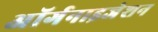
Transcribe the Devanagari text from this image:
अॉर्गनाइजेशन